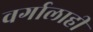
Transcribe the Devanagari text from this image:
वर्गालाही